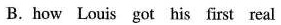
B.how Louis got his first real